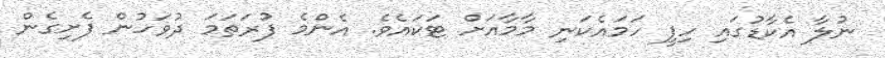
ނުލާ އެކާޑުގައި ހިފީ ހަމައެކަނި މާމާއަށް ޓަކައެވެ. އެންމެ ފުރަތަމަ ދުވަހުން ފެށިގެން